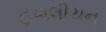
હવાલીયન